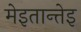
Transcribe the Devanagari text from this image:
मेइतान्तेइ